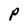
Character: P